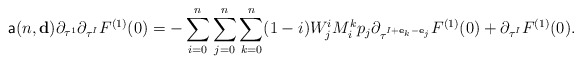
\begin{align*}\mathsf{a}(n,\mathbf{d})\partial_{\tau^1}\partial_{\tau^I}F^{(1)}(0)=- \sum_{i=0}^{n}\sum_{j=0}^n\sum_{k=0}^n(1-i)W_j^i M_{i}^k p_j \partial_{\tau^{I+\mathbf{e}_k- \mathbf{e}_j}}F^{(1)}(0)+\partial_{\tau^I}F^{(1)}(0).\end{align*}